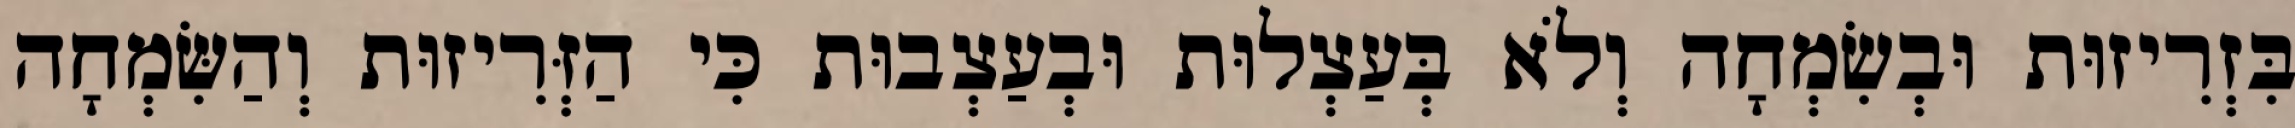
בִּזְרִיזוּת וּבְשִׂמְחָה וְלֹא בְּעַצְלוּת וּבְעַצְבוּת כִּי הַזְּרִיזוּת וְהַשִּׂמְחָה